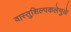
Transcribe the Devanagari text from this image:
वास्तुशिल्पकलेमुळे